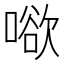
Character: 𭊒